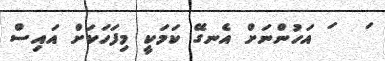
ަ   ަ އަހުންނަށް އެނގޭ ކަމަކީ މިފަހަކަށް އައިސް